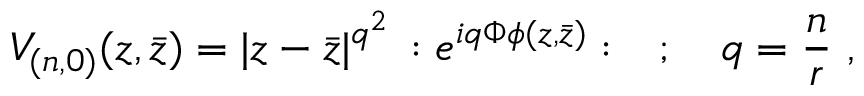
V _ { ( n , 0 ) } ( z , \bar { z } ) = | z - \bar { z } | ^ { q ^ { 2 } } \, : e ^ { i q \Phi \phi ( z , \bar { z } ) } : \quad ; \quad q = \frac { n } { r } \ ,